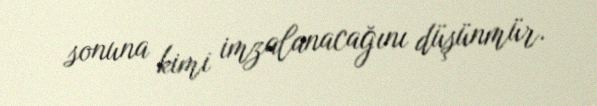
sonuna kimi imzalanacağını düşünmür.